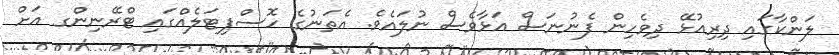
ލަންކާގައި ދިރިއުޅޭ ދިވެހިން ފެނުނަސް އަޅާވެސް ނުލައެވެ. އެތަނުގެ ހޮސްޕިޓަލެއްގައި ޓްރޭނިންގ އަށް